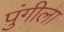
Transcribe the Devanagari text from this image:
पुंगीला